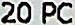
20 PC